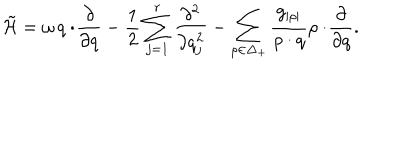
\tilde { \cal H } = \omega \, q \cdot \! { \frac { \partial } { \partial q } } - { \frac { 1 } { 2 } } \sum _ { j = 1 } ^ { r } { \frac { \partial ^ { 2 } } { \partial q _ { j } ^ { 2 } } } - \sum _ { \rho \in \Delta _ { + } } { \frac { g _ { | \rho | } } { \rho \cdot q } } \rho \cdot \! { \frac { \partial } { \partial q } } .